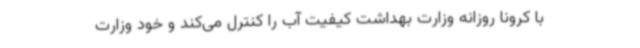
با کرونا روزانه وزارت بهداشت کیفیت آب را کنترل می‌کند و خود وزارت